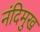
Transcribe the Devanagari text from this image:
नंदिमुख